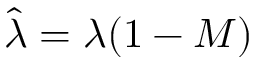
\hat { \lambda } = \lambda ( 1 - M )